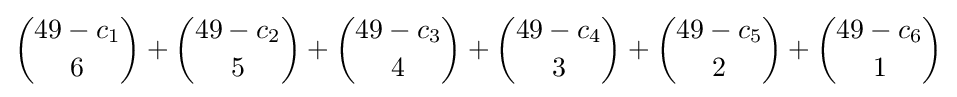
{\binom {49-c_{1}}{6}}+{\binom {49-c_{2}}{5}}+{\binom {49-c_{3}}{4}}+{\binom {49-c_{4}}{3}}+{\binom {49-c_{5}}{2}}+{\binom {49-c_{6}}{1}}